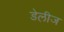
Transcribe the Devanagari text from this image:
डेलीज